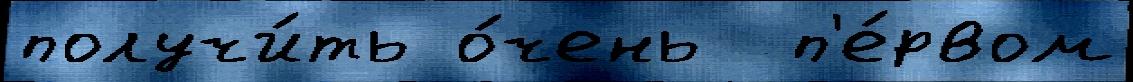
получи́ть о́чень  п'е́рвом